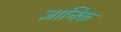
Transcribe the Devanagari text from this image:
ज्ञानिक